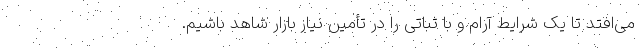
می‌افتد تا یک شرایط آرام و با ثباتی را در تأمین نیاز بازار شاهد باشیم.